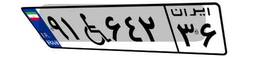
۸۳W۳۹۵۱۰